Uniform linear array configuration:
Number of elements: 4
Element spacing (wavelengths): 0.25
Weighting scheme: hann
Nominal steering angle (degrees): -45
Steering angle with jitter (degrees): -46.962
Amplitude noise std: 0.05
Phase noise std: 0.05

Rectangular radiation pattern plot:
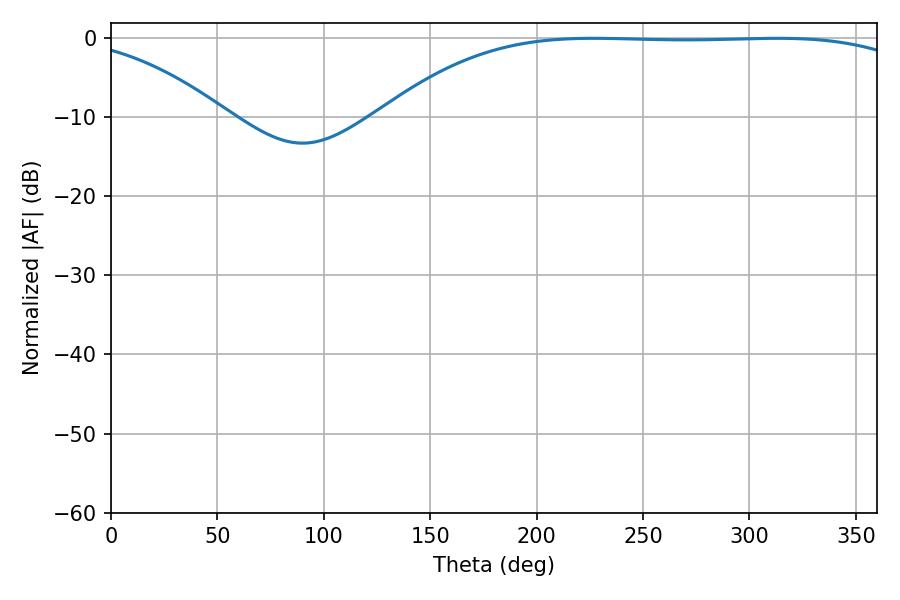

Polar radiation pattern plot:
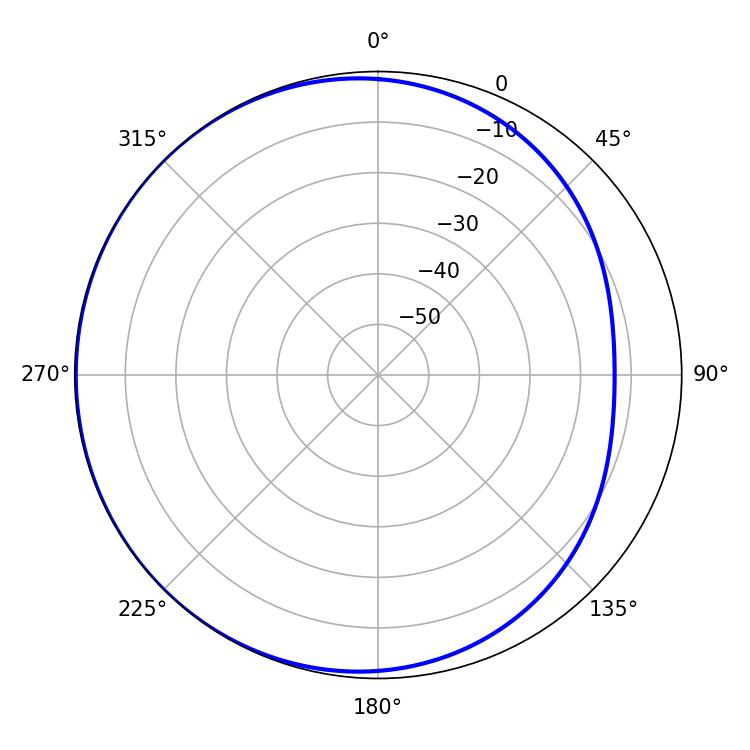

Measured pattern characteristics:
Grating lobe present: FALSE
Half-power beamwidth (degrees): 195.84
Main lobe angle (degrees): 226.8